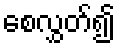
စေလွှတ်၍